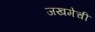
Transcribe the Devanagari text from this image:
जखमेची